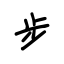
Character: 步